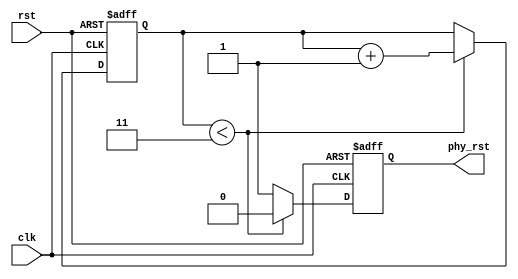
module phy_reset (
							input clk,
							input rst,
							
							output reg phy_rst);
							
reg[19:0] rst_cnt;

always@(posedge clk or negedge rst)begin
	if(!rst)begin
		rst_cnt <= 0;
	end
	else begin
		if(rst_cnt < 20'h3)begin
			rst_cnt <= rst_cnt + 1'b1;
		end
	end
end

always@(posedge clk or negedge rst)begin
	if(!rst)begin
		phy_rst <= 1'b0;
	end
	else if(rst_cnt < 20'h3)begin
		phy_rst <= 1'b0;
	end
	else begin
		phy_rst <= 1'b1;
	end
end

endmodule